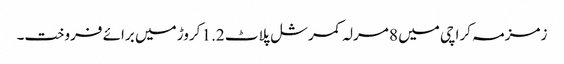
زمزمہ کراچی میں 8 مرلہ کمرشل پلاٹ 1.2 کروڑ میں برائے فروخت۔